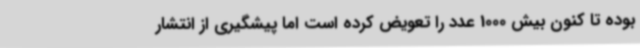
بوده تا کنون بیش 1000 عدد را تعویض کرده است اما پیشگیری از انتشار